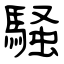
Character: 騒